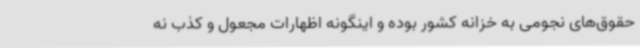
حقوق‌های نجومی به خزانه کشور بوده و اینگونه اظهارات مجعول و کذب نه